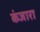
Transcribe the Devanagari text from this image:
कंजारा